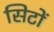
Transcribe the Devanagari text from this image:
सिटों